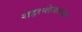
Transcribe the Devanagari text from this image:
शहराशेजारच्या